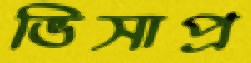
ভিসাপ্র